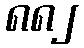
၈၈၂